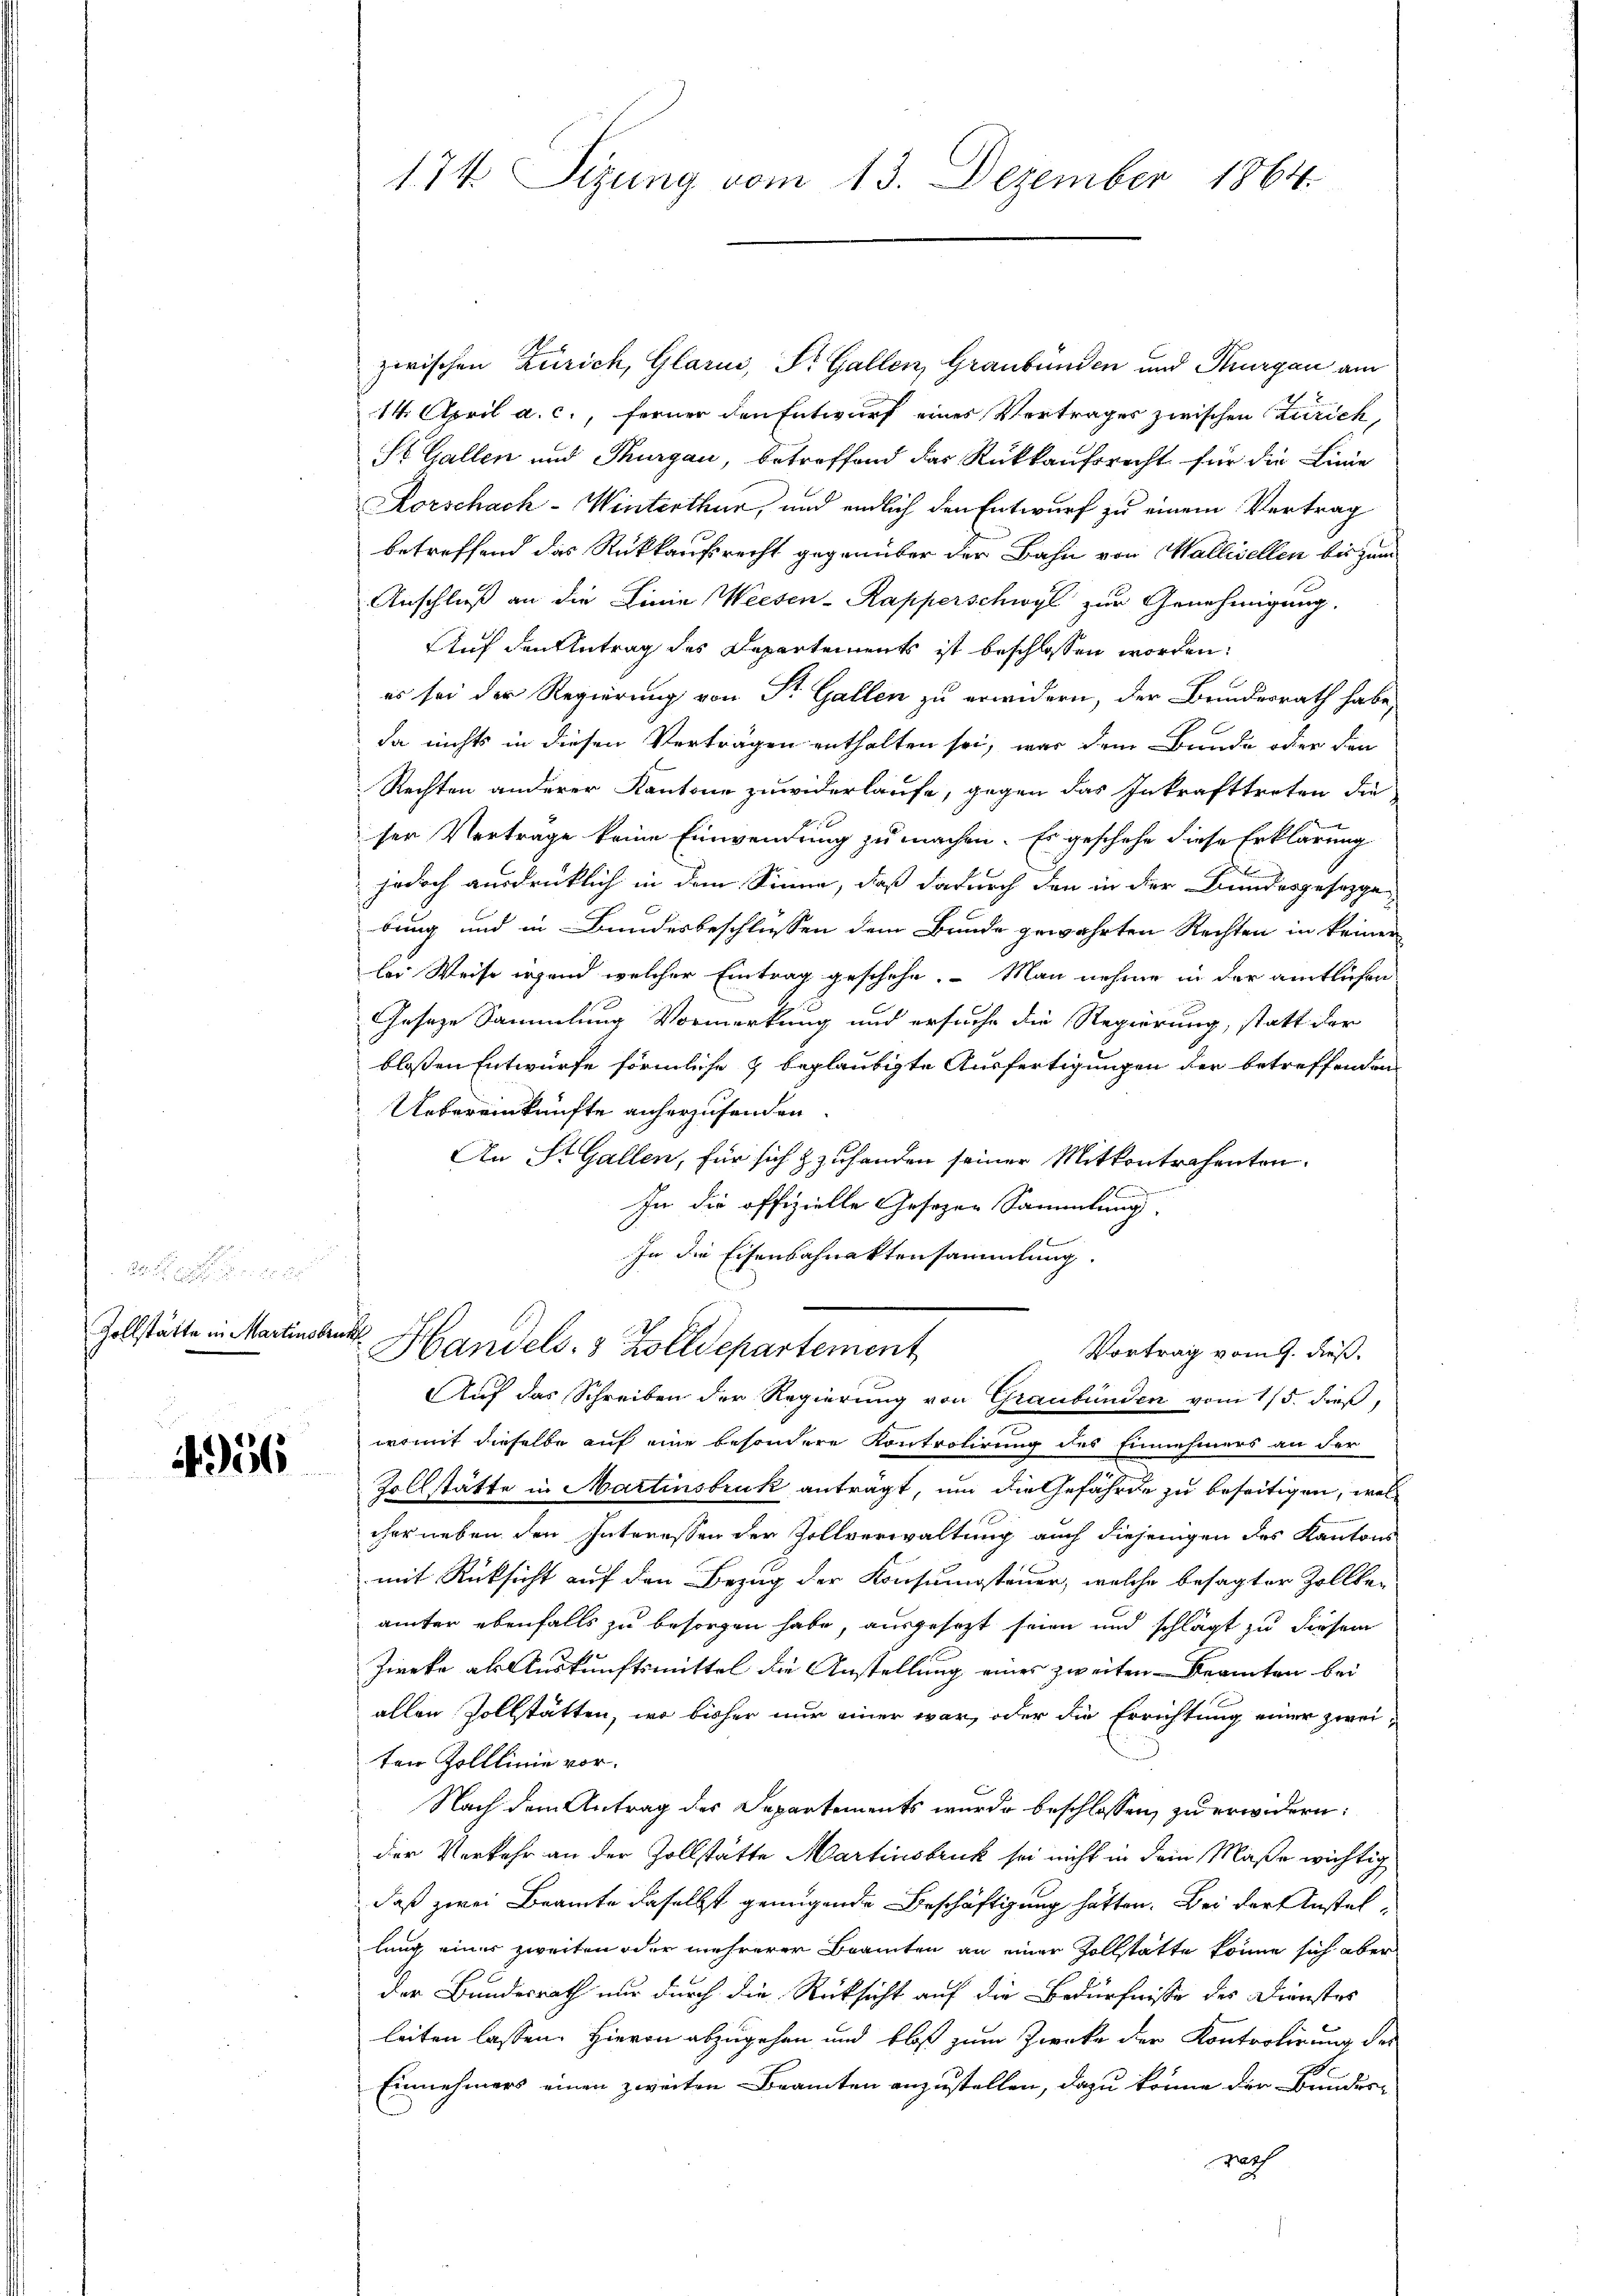
Zollstätte in Martinsbruck

11956

174 Sizung vom 13. Dezember 1864

zwischen Zürich, Glarus, Dr. Gallen, Graubünden und Thurgau am
14. April a. c., ferner den Entwurf eines Vertrages zwischen Zürich,
St. Gallen und Thurgau, betreffend das Rückkaufsrecht für die Linie
Korschach-Winterthur, und endlich den Entwurf zu einem Vertrag
betreffend das Rückkaufsrecht gegenüber der Bahn von Wallisellen bis zum
Anschluß an die Linie Weesen-Kapperschwyl zur Genehmigung.
Auf den Antrag des Departements ist beschlossen worden:
es sei der Regierung von Sr. Gallen zu erwidern, der Bundesrath habe,
da nichts in diesen Verträgen enthalten sei, war dem Bunde oder den
Rechten anderer Kantone zuwiderlaufe, gegen das Inkrafttreten die
ser Vertrage keine Einwendung zu machen. Es geschehe diese Erklärung
jedoch ausdrücklich in dem Sinne, daß dadurch den in der Bundesgesetzgebung und in Bundesbeschlussen dem Bunde gewährten Rechten in keiner
lei Weise irgend welcher Eintrag geschehe. – Man nehme in der amtlichen
Geseze Sammlung Vormerkung und ersuche die Regierung, statt der
bloßen Entwurfe förmliche & beglaubigte Ausfertigungen der betreffenden
Uebereinkünfte anherzusenden.
An St. Gallen, für sich & zuhanden seiner Mitkontrahenten.
In die offizielle Gesezen Sammlung.
In die Eisenbahnaktensammlung.
Handels- & Zolldepartement
Vortrag vom 9. dieß.
Auf das Schreiben der Regierung von Graubünden vom 15. dieß,
womit dieselbe auf eine besondere Kontrolirung des Einnehmers an der
Zollstätte in Martinsbruk antragt, um die Gefährde zu beseitigen, wol
cher neben den Interessen der Zollverwaltung auch diejenigen des Kantons
mit Rücksicht auf den Bezug der Konsumsteuer, welche besagter Zollbe-
ämter ebenfalls zu besorgen habe, ausgesezt seien und schlägt zu diesem
Zwreke als Auskunftsmittel die Anstellung eines zweiten Beamten bei
allen Zollstätten, wo bisher nur einer war, oder die Errichtung einer zweiten Zolllinie vor.
Nach dem Antrag des Separtements wurde beschlossen, zu erwidern:
der Verkehr an der Zollstätte Martinsbruck sei nicht in dein Maße wichtig
daß zwei Beamte daselbst genügende Beschäftigung hatten. Bei der Anstellung einer zweiten oder mehrerer Beamten an einer Zollstatte könne sich aber
der Bundesrath nur durch die Rücksicht auf die Bedürfnisse des Dienstes
leiten lassen. Hievon abzugehen und bloß zum Zwecke der Kontrolirung des
Einnehmers einen zweiten Beamten anzustellen, dazu könne der Bundere
rach